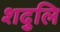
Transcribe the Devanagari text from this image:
शदुलि